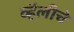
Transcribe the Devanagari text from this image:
व्हॅलीचे